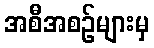
အစီအစဉ်များမှ